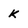
Character: k